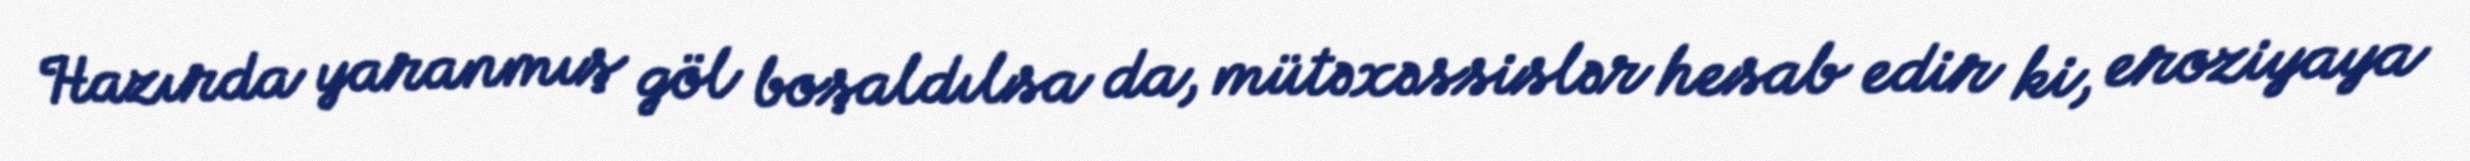
Hazırda yaranmış göl boşaldılsa da, mütəxəssislər hesab edir ki, eroziyaya